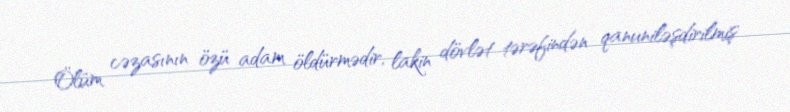
Ölüm cəzasının özü adam öldürmədir, lakin dövlət tərəfindən qanuniləşdirilmiş